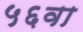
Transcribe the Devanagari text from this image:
५६वा